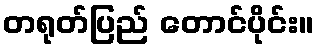
တရုတ်ပြည် တောင်ပိုင်း။